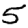
Digit: 5